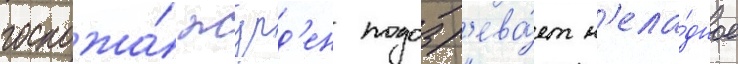
госпожа́ журд'ен подозр'ева́ет н'ела́дное